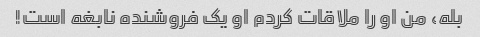
بله، من او را ملاقات کردم او یک فروشنده نابغه است!